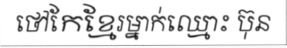
ថៅកែខ្មែរម្នាក់ឈ្មោះ ប៊ុន